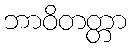
ဘာဝိတတ္တာ